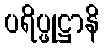
ပရိပ္ဖုဋ္ဌာနိ